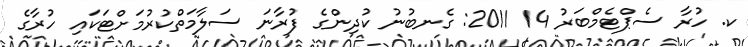
ކ. ހުރާ ސެޕްޓެމްބަރު 14 2011: ގެނބުނު ކުދިންގެ ފުރާނަ ސަލާމަތްކުރުމަށްޓަކައި ހުރާގެ